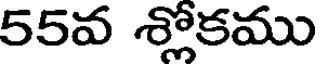
55వ శ్లోకము